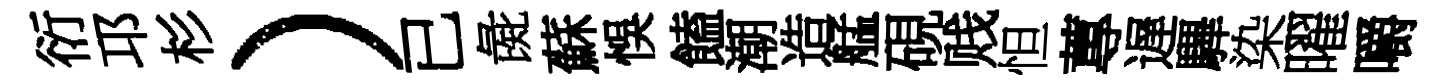
衍邛杉）已彘蘇悞饁潮造艋硯贱怛蓴遅驆染曜嚼